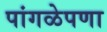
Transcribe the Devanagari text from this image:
पांगळेपणा